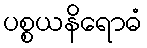
ပစ္စယနိရောဓံ